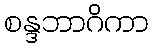
စန္ဒဘာဂိကာ